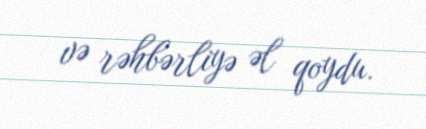
və rəhbərliyə əl qoydu.